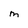
Character: M